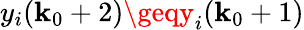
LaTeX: y_{i}(\mathbf{k}_{0}+2)\geqy_{i}(\mathbf{k}_{0}+1)